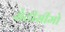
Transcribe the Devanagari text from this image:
सेटीसीमो